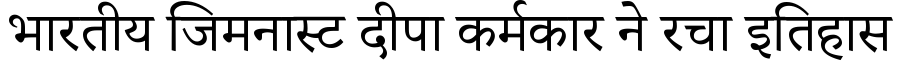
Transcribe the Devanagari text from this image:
भारतीय जिमनास्ट दीपा कर्मकार ने रचा इतिहास